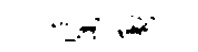
渠嗷